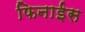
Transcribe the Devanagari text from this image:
फिनाईस